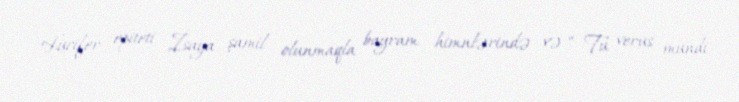
Lucifer epiteti İsaya şamil olunmaqla bayram himnlərində və “ Tu verus mundi